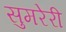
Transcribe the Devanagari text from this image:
सुमरेरी